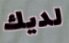
لديك